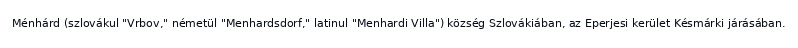
Ménhárd (szlovákul "Vrbov," németül "Menhardsdorf," latinul "Menhardi Villa") község Szlovákiában, az Eperjesi kerület Késmárki járásában.